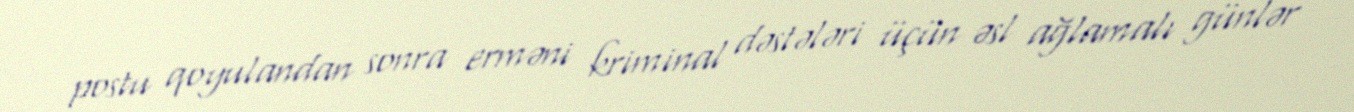
postu qoyulandan sonra erməni kriminal dəstələri üçün əsl ağlamalı günlər